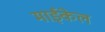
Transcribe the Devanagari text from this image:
माईकेल